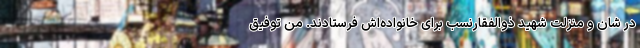
در شان و منزلت شهید ذوالفقارنسب برای خانواده‌اش فرستادند. من توفیق